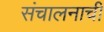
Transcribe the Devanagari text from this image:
संचालनाची